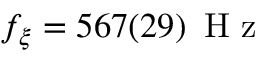
f _ { \xi } = 5 6 7 ( 2 9 ) \, \mathrm { ~ H ~ z ~ }